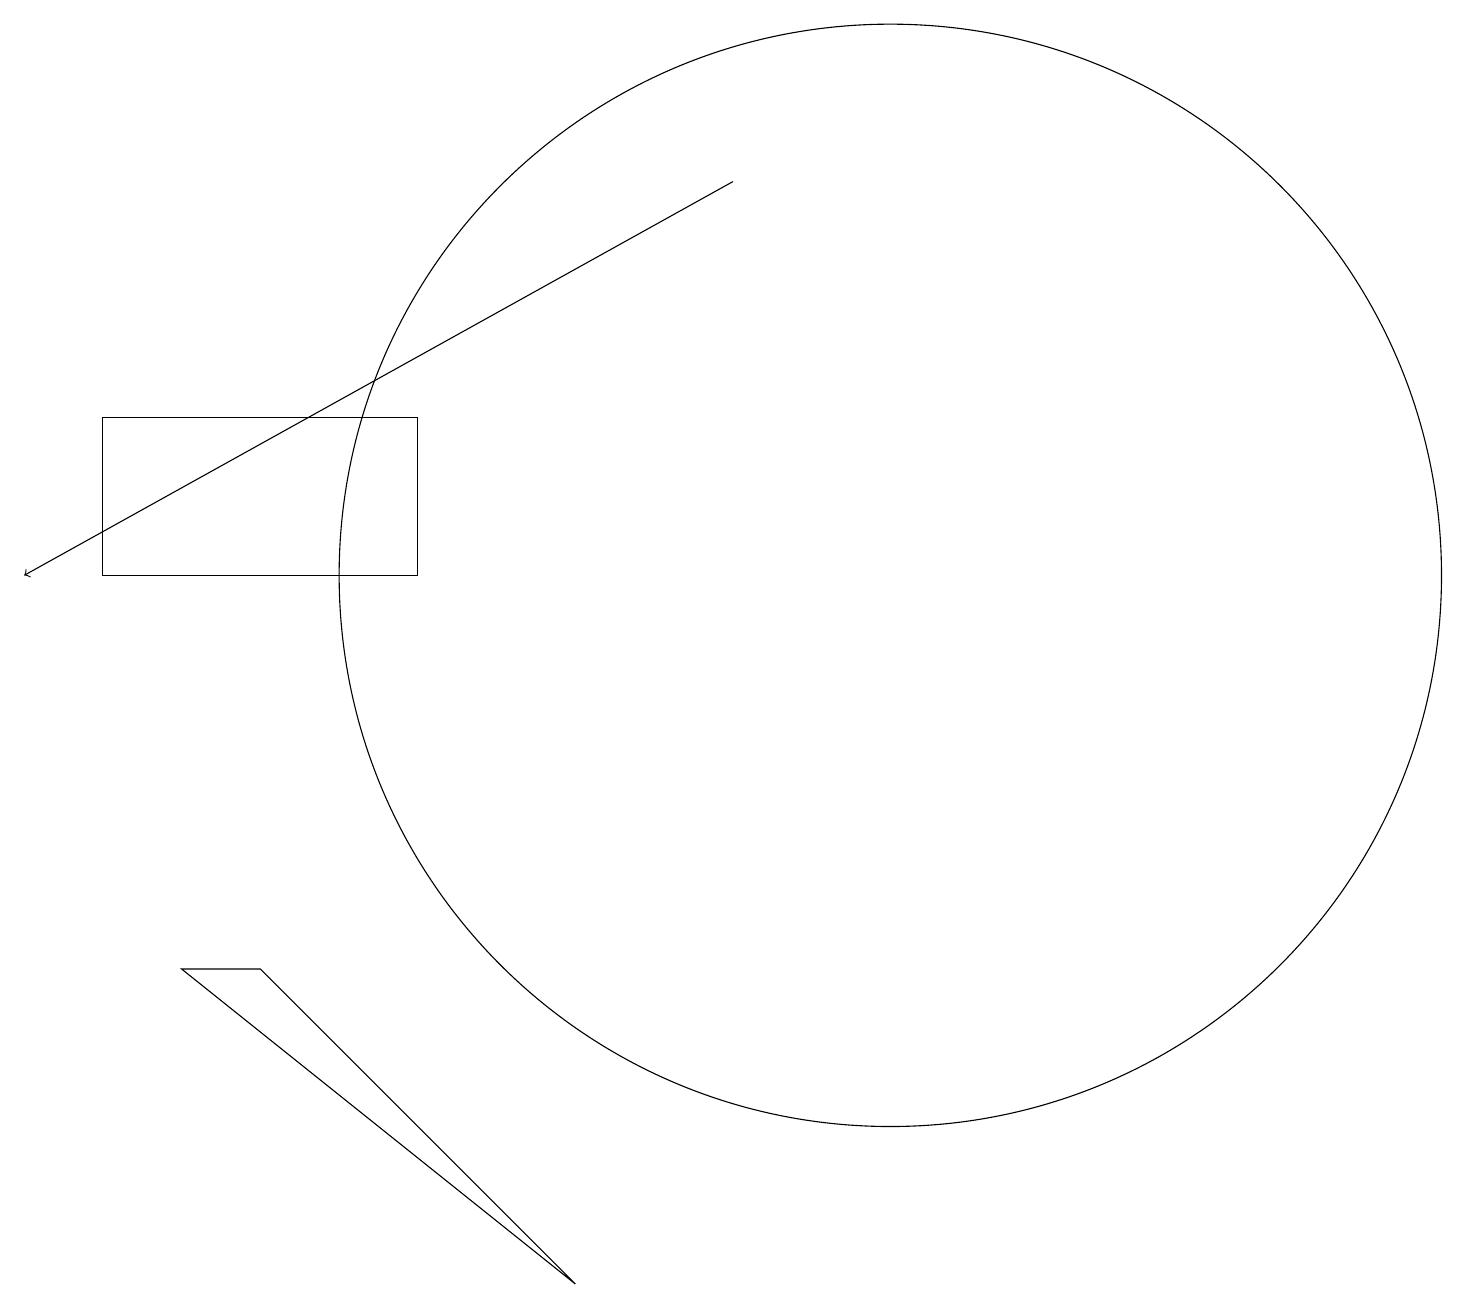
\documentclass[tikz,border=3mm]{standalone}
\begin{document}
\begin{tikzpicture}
\draw[->] (9,17) -- (0,12);
\draw (11,12) circle (7);
\draw (1,12) rectangle (5,14);
\draw (3,7) -- (7,3) -- (2,7) -- cycle;
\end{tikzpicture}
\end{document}